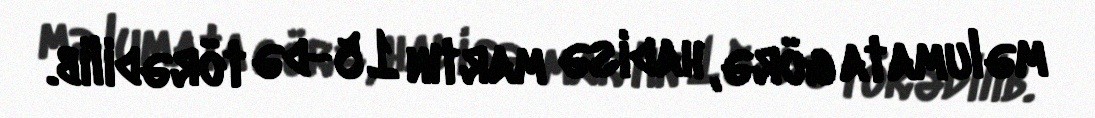
məlumata görə, hadisə martın 15-də törədilib.